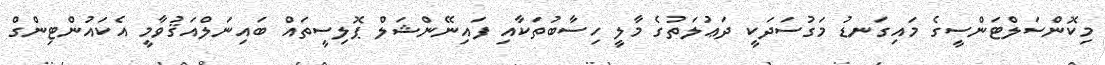
މިކޮންސަލްޓަންސީގެ މައިގަނޑު މަގުސަދަކީ ދަޢުލަތުގެ މާލީ ހިސާބުތަކާއި ފައިނޭންޝަލް ޕޮލިސީތައް ބައިނަލްއަޤުވާމީ އެކައުންޓިންގް